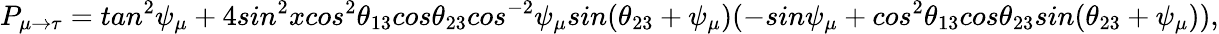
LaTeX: P_{\mu\rightarrow\tau}=tan^{2}\psi_{\mu}+4sin^{2}xcos^{2}\theta_{13}cos\theta_{23}cos^{-2}\psi_{\mu}sin(\theta_{23}+\psi_{\mu})(-sin\psi_{\mu}+cos^{2}\theta_{13}cos\theta_{23}sin(\theta_{23}+\psi_{\mu})),